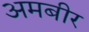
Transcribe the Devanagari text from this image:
अमबीर